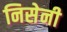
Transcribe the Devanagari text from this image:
निसेनी